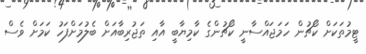
ޓީމުތަކަށް ކޯޗުން ހަމަޖައްސާނީ ކޯޗުންގެ ކާމިޔާބީ އާއި ތަޖުރިބާއަށް ބެލުމަށްފަހު ކަމަށް ވެސް